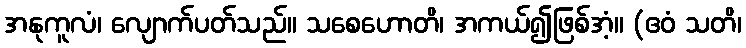
အနုကူလံ၊ လျောက်ပတ်သည်။ သစေဟောတိ၊ အကယ်၍ဖြစ်အံ့။ (ဧဝံ သတိ၊